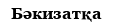
Бәкизатқа